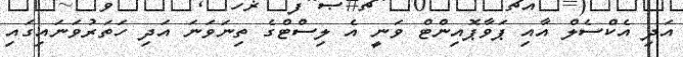
އަދި އެކްސެލް އާއި ޕަވާޕޮއިންޓް ވަނީ އެ ލިސްޓްގެ ތިނަވަނަ އަދި ހަތަރުވަނައިގައި